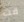
قت